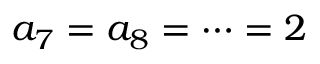
a _ { 7 } = a _ { 8 } = \cdots = 2